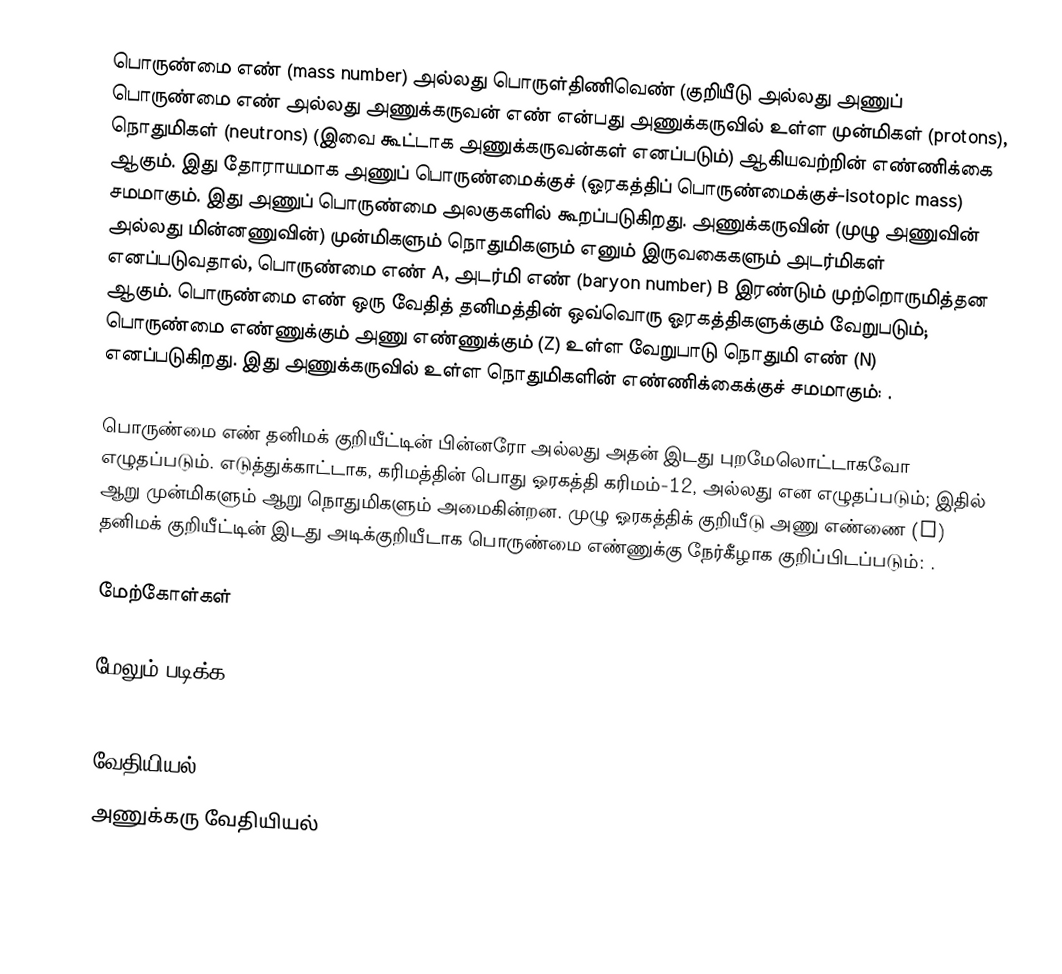
பொருண்மை எண் (mass number) அல்லது பொருள்திணிவெண் (குறியீடு   அல்லது அணுப் பொருண்மை எண் அல்லது அணுக்கருவன் எண் என்பது அணுக்கருவில் உள்ள முன்மிகள் (protons), நொதுமிகள் (neutrons) (இவை கூட்டாக அணுக்கருவன்கள் எனப்படும்) ஆகியவற்றின் எண்ணிக்கை ஆகும். இது தோராயமாக அணுப் பொருண்மைக்குச் (ஓரகத்திப் பொருண்மைக்குச்-isotopic mass) சமமாகும். இது அணுப் பொருண்மை அலகுகளில் கூறப்படுகிறது. அணுக்கருவின் (முழு அணுவின் அல்லது மின்னணுவின்) முன்மிகளும் நொதுமிகளும் எனும் இருவகைகளும் அடர்மிகள் எனப்படுவதால், பொருண்மை எண்  A, அடர்மி எண் (baryon number) B இரண்டும் முற்றொருமித்தன ஆகும். பொருண்மை எண் ஒரு வேதித் தனிமத்தின் ஒவ்வொரு  ஓரகத்திகளுக்கும் வேறுபடும்; பொருண்மை எண்ணுக்கும் அணு எண்ணுக்கும் (Z) உள்ள வேறுபாடு நொதுமி எண் (N) எனப்படுகிறது. இது அணுக்கருவில் உள்ள நொதுமிகளின் எண்ணிக்கைக்குச் சமமாகும்: .

பொருண்மை எண் தனிமக் குறியீட்டின் பின்னரோ அல்லது அதன் இடது புறமேலொட்டாகவோ எழுதப்படும். எடுத்துக்காட்டாக, கரிமத்தின் பொது ஓரகத்தி கரிமம்-12,  அல்லது  என எழுதப்படும்; இதில் ஆறு முன்மிகளும் ஆறு நொதுமிகளும் அமைகின்றன. முழு ஓரகத்திக் குறியீடு அணு எண்ணை (Z) தனிமக் குறியீட்டின் இடது அடிக்குறியீடாக பொருண்மை எண்ணுக்கு நேர்கீழாக குறிப்பிடப்படும்: .

மேற்கோள்கள்

மேலும் படிக்க

வேதியியல்
அணுக்கரு வேதியியல்